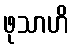
ဖုသာဟိ